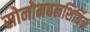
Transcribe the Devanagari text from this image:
सोनोमबलशिर्यिन